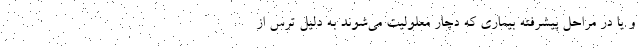
و یا در مراحل پیشرفته بیماری که دچار معلولیت می‌شوند به دلیل ترس از